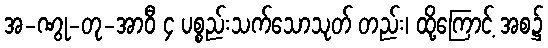
အ-ဏွု-တု-အာဝီ ၄ ပစ္စည်းသက်သောသုတ် တည်း၊ ထို့ကြောင့် အစ၌